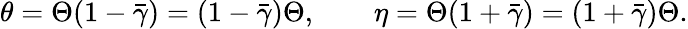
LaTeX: \theta=\Theta(1-\bar{\gamma})=(1-\bar{\gamma})\Theta,\qquad\eta=\Theta(1+\bar{\gamma})=(1+\bar{\gamma})\Theta.